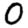
Digit: 0